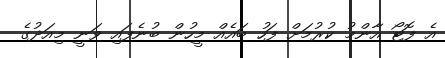
އެ ފޮޓޯ އާންމު ކުރުމަށް ފަހު ބައެއް މީހުން ބުނެފައި ވަނީ މިއަދުގެ